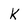
Character: k